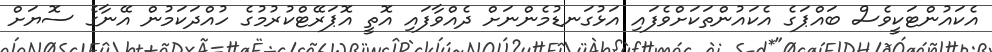
އެކައުންޓަކީވެސް ބައްޕަގެ އެކައުންތަކަށްވެފައި އަޅުގަނޑުމެންނަށް ދެއްވާފައި އޮތީ އޮޕަރޭޓްކުރުމުގެ ހުއްދަކަމުން އޭނާގެ ސޮޔަށް